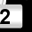
Digit: 2